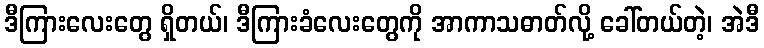
ဒီကြားလေးတွေ ရှိတယ်၊ ဒီကြားခံလေးတွေကို အာကာသဓာတ်လို့ ခေါ်တယ်တဲ့၊ အဲဒီ